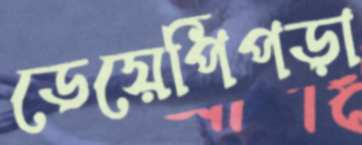
ডেয়েপিঁপড়া